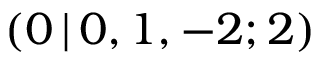
( 0 \, | \, 0 , 1 , - 2 ; 2 )